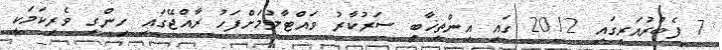
7 ފެބްރުއަރީގައި 2012 ގައި އިންތިޚާބީ ސަރުކާރު ވައްޓާލުމަށްފަހު ރާއްޖޭގައި ހިންގި ވެރިކަމަކީ